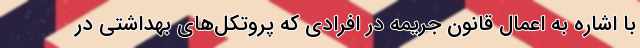
با اشاره به اعمال قانون جریمه در افرادی که پروتکل‌های بهداشتی در